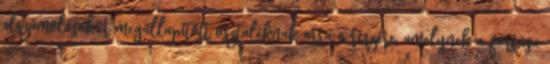
elszámolásakor megállapított osztaléknak arra a részére, amelynek a forrása